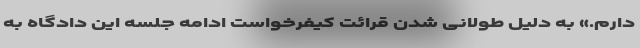
دارم.» به دلیل طولانی شدن قرائت کیفرخواست ادامه جلسه این دادگاه به